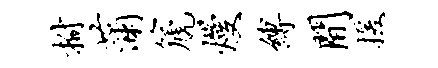
拊蒲篪熳缚间援